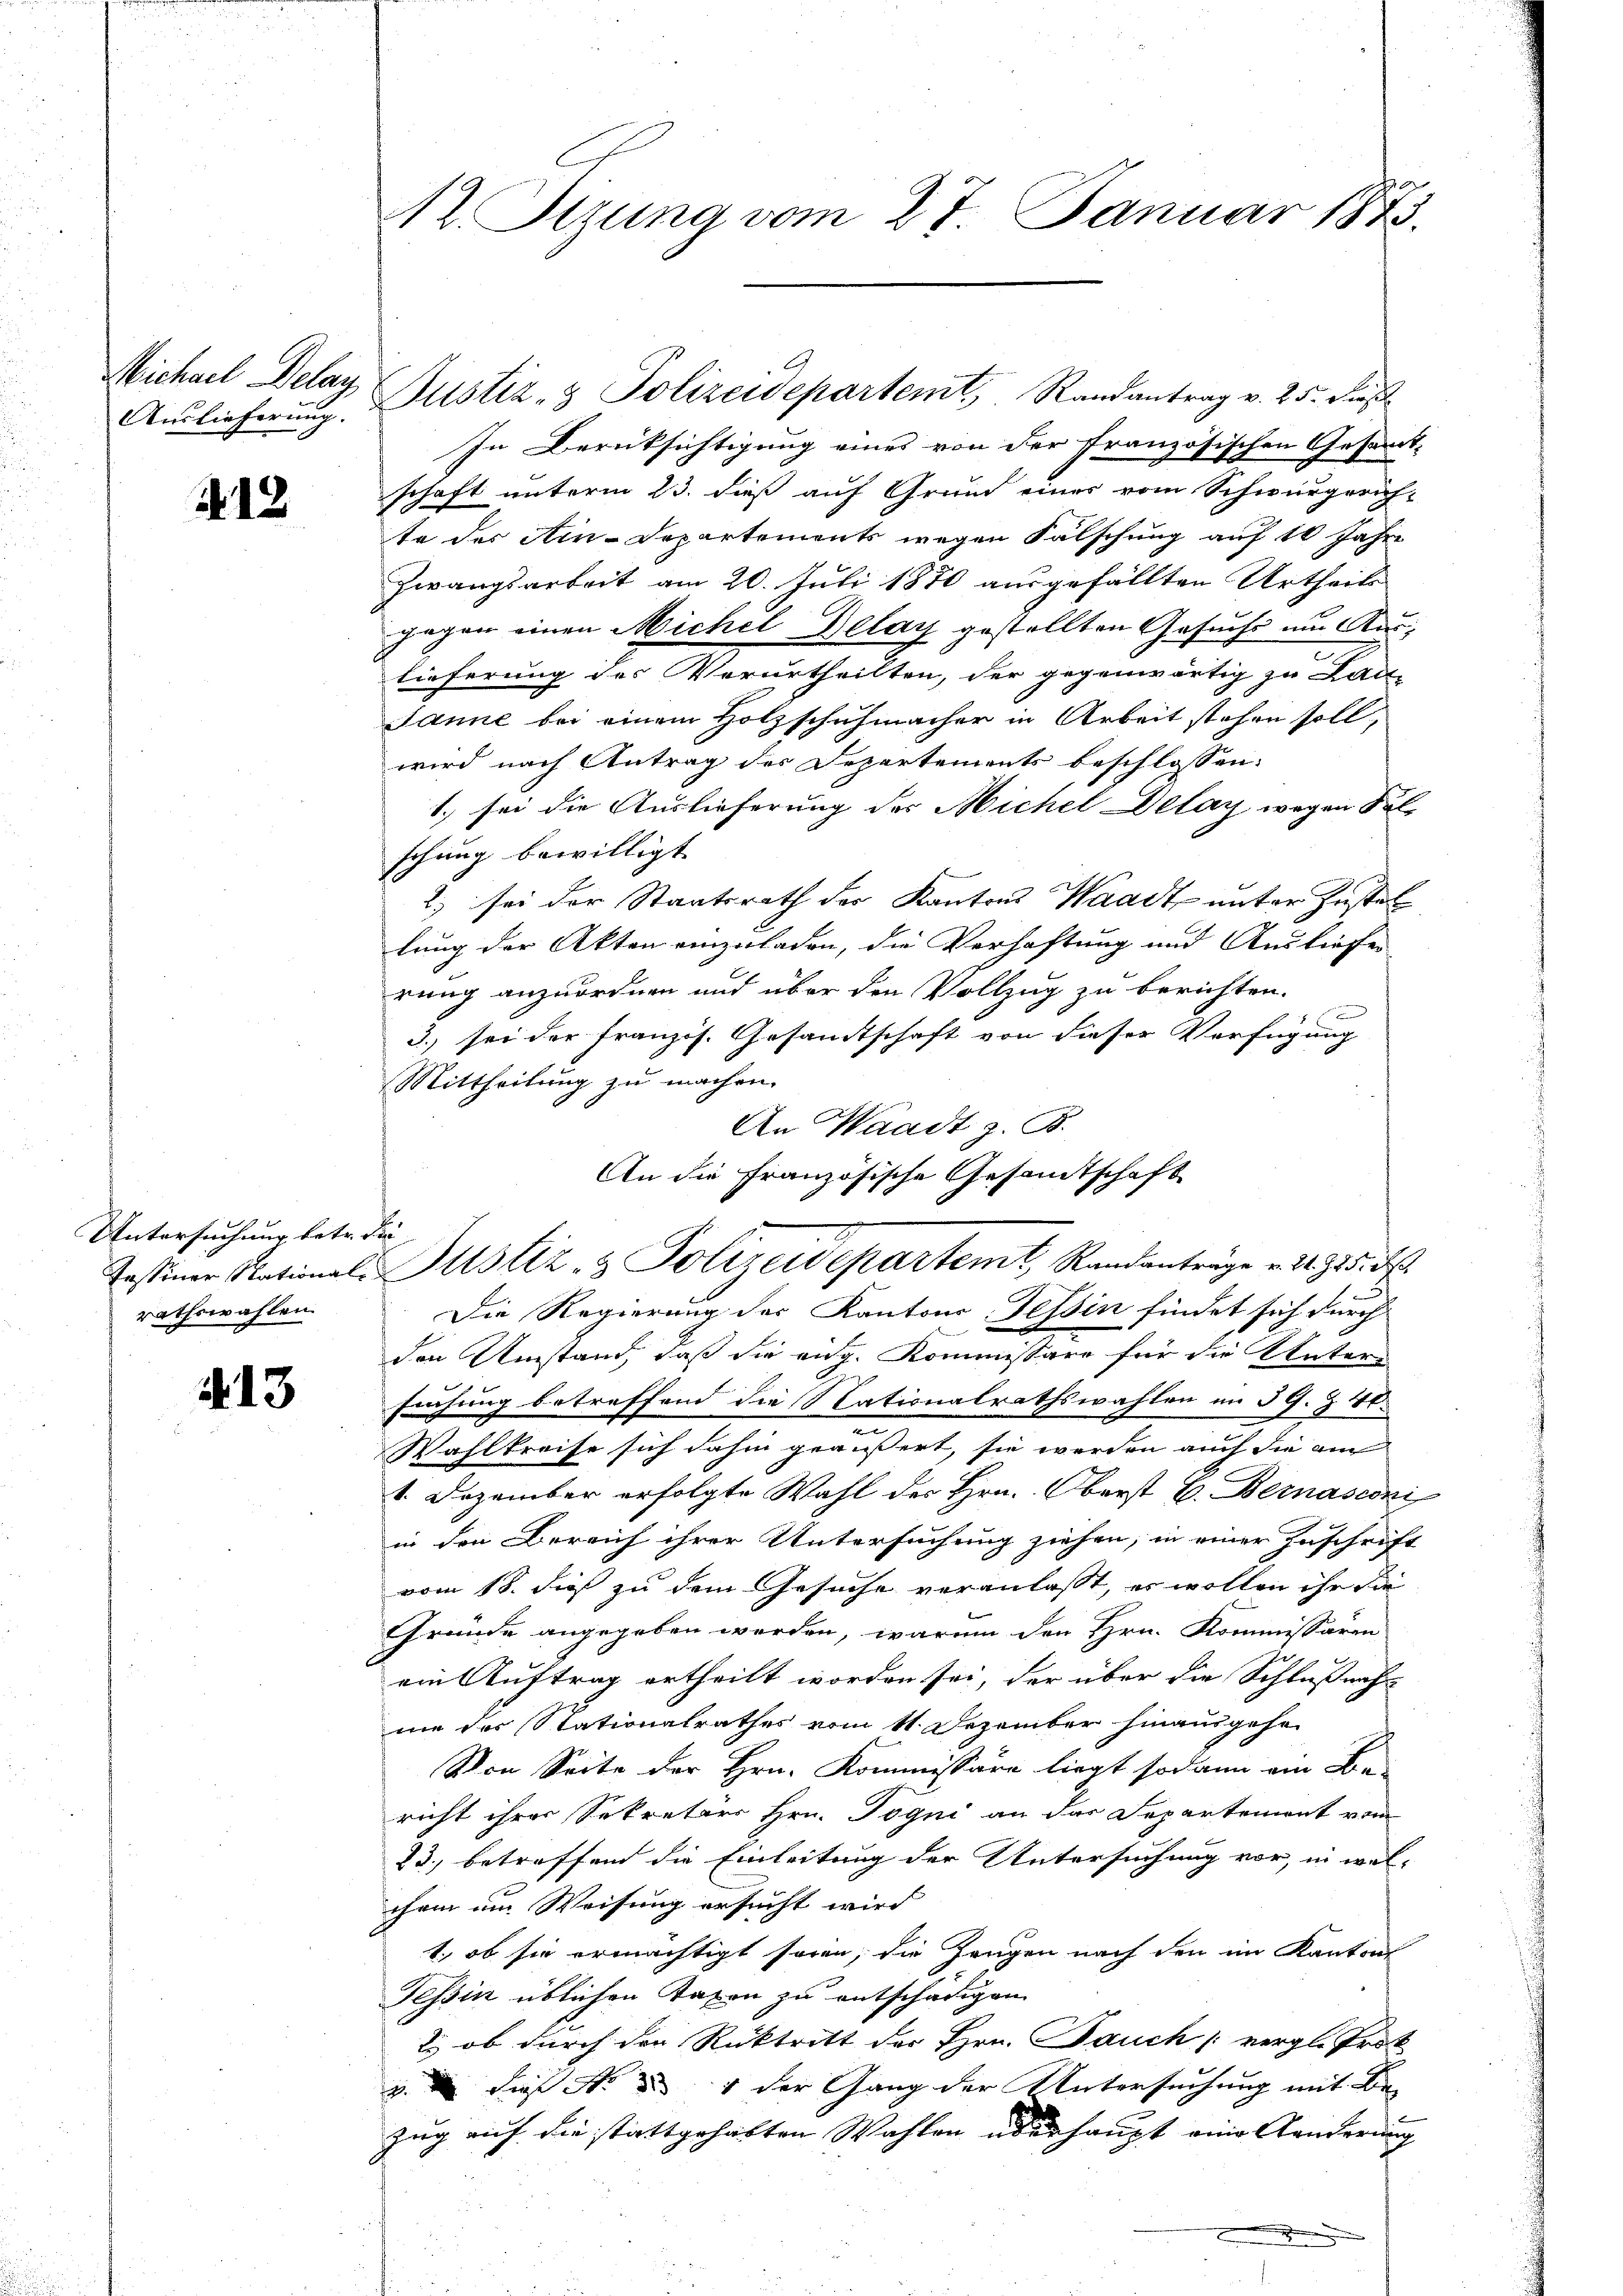
Auslieferung.

218

Untersuchung betr. die
rathswahlen.

1. 13

In Berüksichtigung eines von der französischen Gesandt-
schaft unterm 23. dieß auf Grund einer vom Schwurgerich-
te des Ain-Departements wegen Fälschung auf 10 Jahre
Zwangsarbeit am 20. Juli 1870 ausgefällten Urtheils
gegen einen Michel Delay gestellten Gesucht um Austieferung des Verurtheilten, der gegenwärtig zu Lau¬
Janne bei einem Holzschuhmacher in Arbeit stehen soll,
wird nach Antrag des Departements beschlossen:
1.) sei die Auslieferung des Michel Delay wegen Sal-
schung bewilligt.
2) sei der Staatsrath der Kantons Waadt unter Zustel
lung der Akten einzuladen, die Verhaftung und Ausliefe
rung anzuordnen und über den Vollzug zu berichten.
f
3. sei der französ. Gesandtschaft von dieser Verfügung
Mittheilung zu machen.
An Waadt z. B.
An die Französische Gesamtschaft

Al. Stzung vom 27. Januar 1873.

Michael Delay Gustiz- & Polizeidepartemt, Randantrag v. 25. Dies

Passiner Stational- ustiz- & Polizeidepartemt, Randanträge v. 24. 725. N

Die Regierung der Kantons-Tessin findet sich durch
das Mag. 212
den Umstand, daß die eidg. Kommissäre für die Unter-
frühung betreffend die Nationalrathswahlen im PG. § 48.
Wahlkreise sich dahin geäußert, sie werden auch die am
1. Dezember erfolgte Wahl des Hrn. Oberst C. Bernasconi
in den Bereich ihrer Untersuchung ziehen, in einer Zuschrift
vom 18. dieß zu dem Gesuche veranlasst, er wollen ihr die
Gründe angegeben werden, warum den Hrn. Kommissären
ein Auftrag ertheilt worden sei, der über die Schlußnahme der Stationalrathes vom 11. Dezember hinausgehen
Von Seite der Hrn. Kommissäre liegt sodann ein Be-
richt ihrer Sekretärs Hrn. Pogni an das Separtement vom
23) betreffend die Einleitung der Untersuchung vor, in welchem im Weisung ersucht wird
1., ob sie ermächtigt seien, die Zeugen nach den im Kantons
Tessin üblichen Taxen zu entschädigen
2., ob durch der Rücktritt der Hrn. Pauch vergl. Trot
z. dies No 34 der Gang der Untersuchung mit de
zug auf die stattgehabten Wahlen überhaupt eine Aenderung